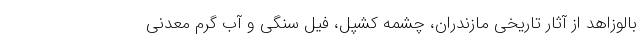
بالوزاهد از آثار تاریخی مازندران، چشمه کشپل، فیل سنگی و آب گرم معدنی